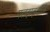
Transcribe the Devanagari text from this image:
पतझड़वाले